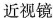
近视镜